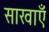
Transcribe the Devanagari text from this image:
साखाएँ